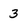
Character: 3